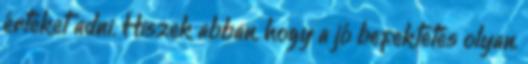
értéket adni. Hiszek abban, hogy a jó befektetés olyan,